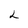
Character: L